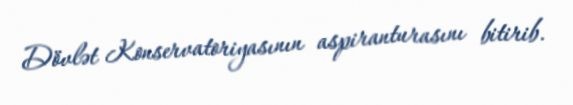
Dövlət Konservatoriyasının aspiranturasını bitirib.